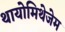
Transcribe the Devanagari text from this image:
थायोमिथेजेम